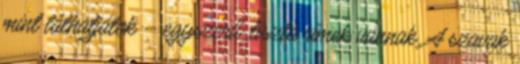
mint láthatjátok – egyszerű, tiszta rímek vannak. A szavak